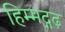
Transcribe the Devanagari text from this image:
हिम्मद्गढ़